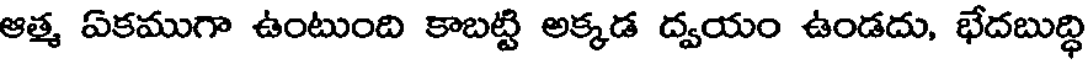
ఆత్మ ఏకముగా ఉంటుంది కాబట్టి అక్కడ ద్వయం ఉండదు, భేదబుద్ధి